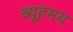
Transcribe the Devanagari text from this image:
व्यूहमय